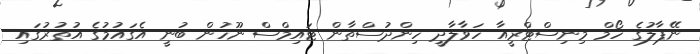
ނޭޕާލުގެ ހޯމް މިނިސްޓްރީއާ ހަވާލާދީ ހިންދުސްތާން ޓައިމްސް ނޫހުން ބުނީ އެގައުމުގެ އުތުރުގައި